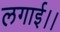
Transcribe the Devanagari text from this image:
लगाई।।